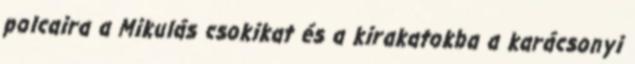
polcaira a Mikulás csokikat és a kirakatokba a karácsonyi